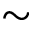
\sim